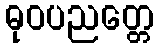
ဓုဝပညတ္တေ